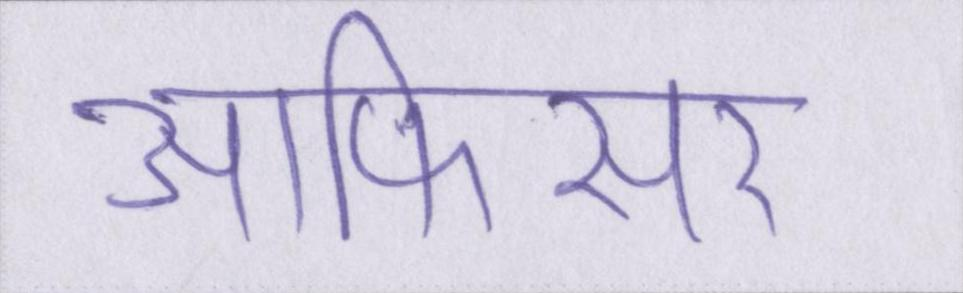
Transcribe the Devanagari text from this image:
आफिसर